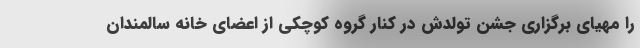
را مهیای برگزاری جشن تولدش در کنار گروه کوچکی از اعضای خانه سالمندان